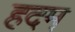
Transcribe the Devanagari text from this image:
हदम